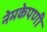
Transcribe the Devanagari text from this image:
नेमकेपणी